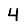
Digit: 4